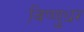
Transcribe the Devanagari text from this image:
विष्णुधर